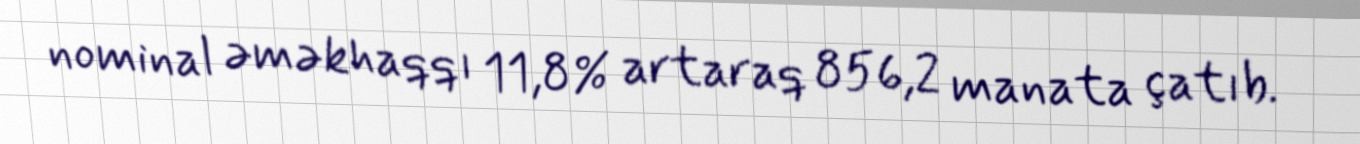
nominal əməkhaqqı 11,8% artaraq 856,2 manata çatıb.